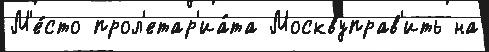
М'е́сто прол'етар'иа́та Москвуправ'ить на